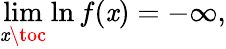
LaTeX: \operatorname*{lim}_{\mathit{x}\toc}\ln{f(\mathit{x})}=-\infty,